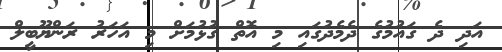
އަދި ދެ ގައުމުގެ ދެމެދުގައި މި އޮތް ގުޅުމަށް މި އަހަރު ރަންޔޫބީލް